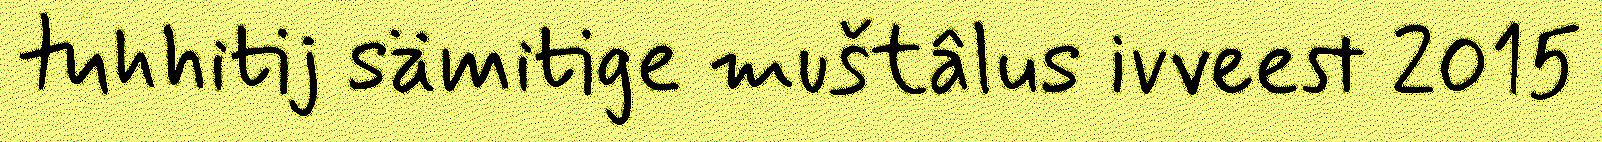
tuhhitij sämitige muštâlus ivveest 2015